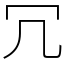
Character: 冗